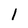
Character: 1